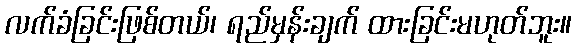
လက်ခံခြင်းဖြစ်တယ်၊ ရည်မှန်းချက် ထားခြင်းမဟုတ်ဘူး။